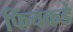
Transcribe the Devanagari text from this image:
फिंचकडे